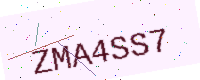
Text: ZMA4SS7